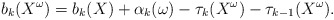
\begin{align*}b_k(X^\omega)=b_k(X)+\alpha_k(\omega)-\tau_k(X^\omega)-\tau_{k-1}(X^\omega). \end{align*}